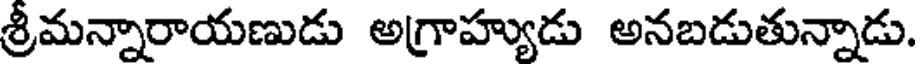
శ్రీమన్నారాయణుడు అగ్రాహ్యుడు అనబడుతున్నాడు.